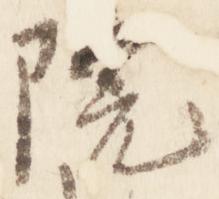
院